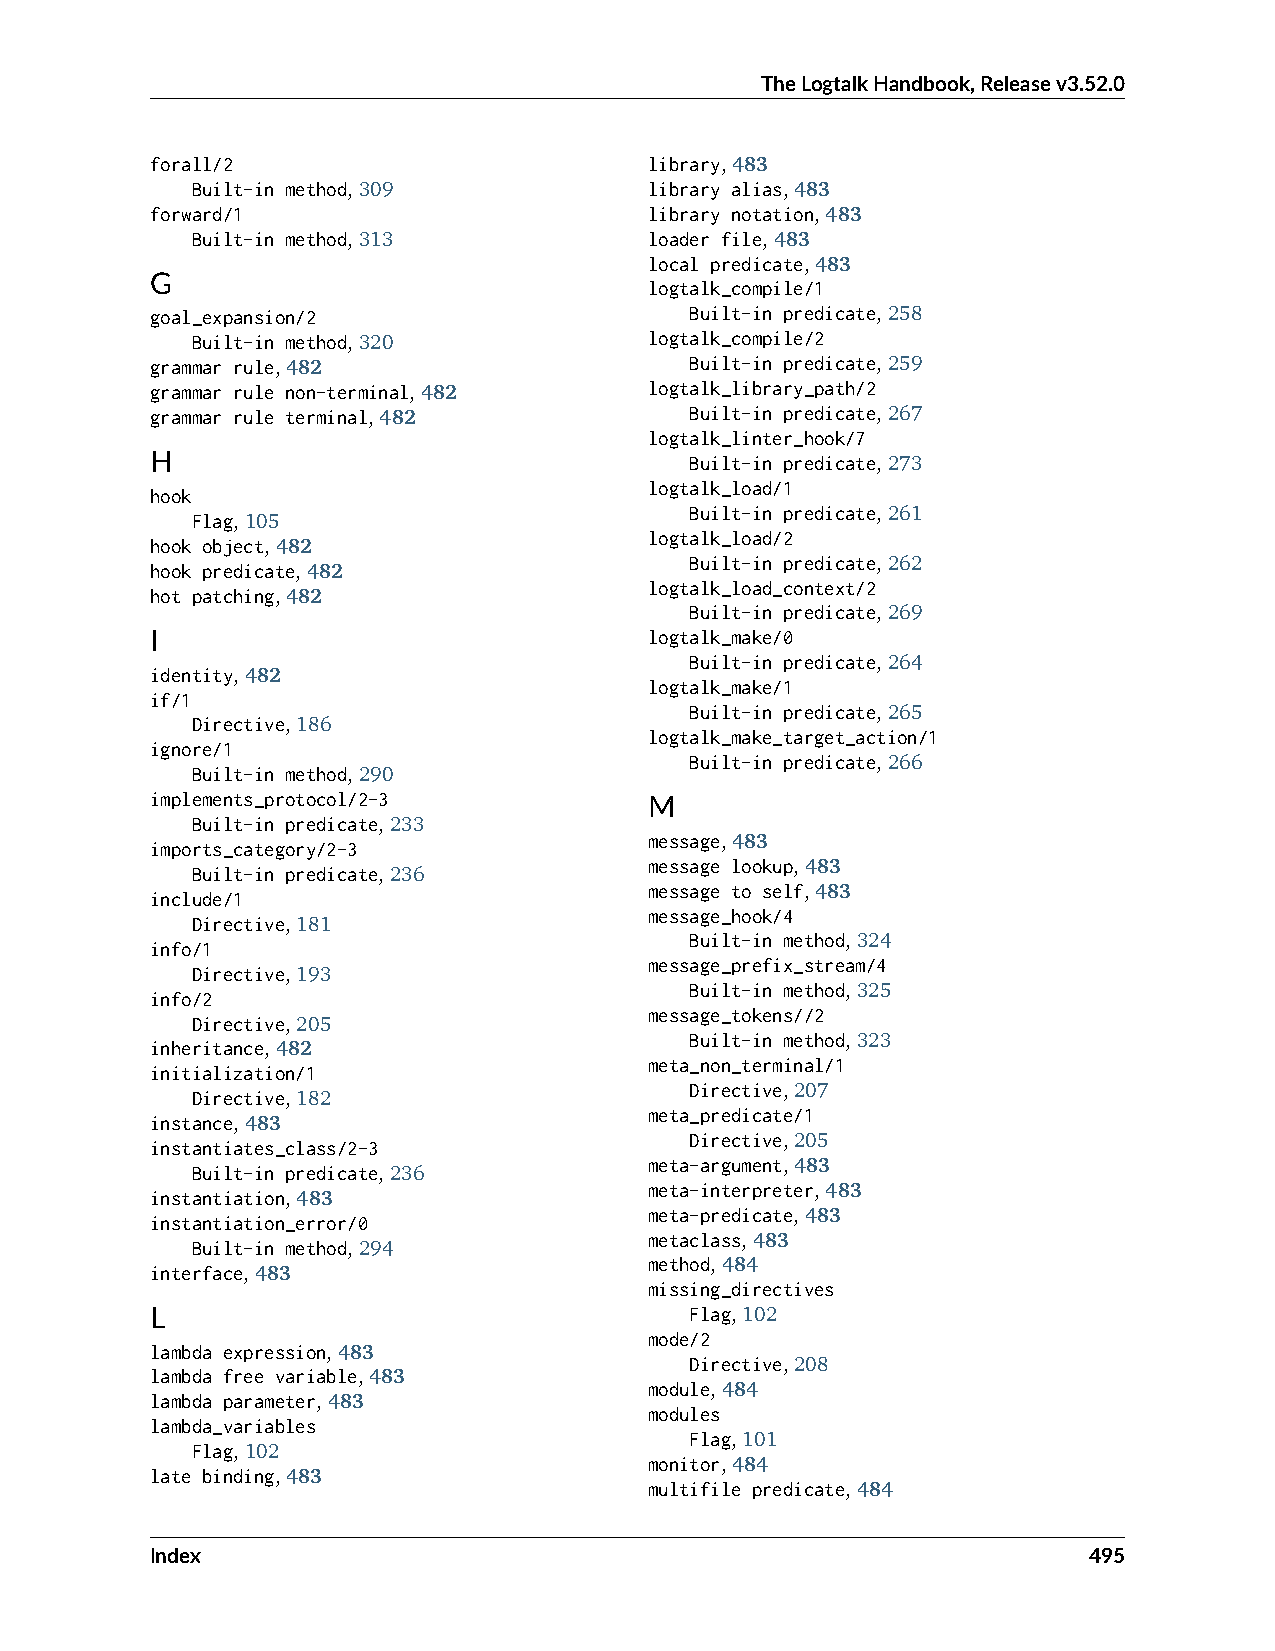
TheLogtalkHandbook,Releasev3.52.0
 forall/2                         library,483
 Built-in method,309           library alias,483
 forward/1                        library notation,483
 Built-in method,313           loader file,483
 local predicate,483
 G                                logtalk_compile/1
 goal_expansion/2                    Built-in predicate,258
 Built-in method,320           logtalk_compile/2
 grammar rule,482                    Built-in predicate,259
 grammar rule non-terminal,482    logtalk_library_path/2
 grammar rule terminal,482           Built-in predicate,267
 logtalk_linter_hook/7
 H                                   Built-in predicate,273
 logtalk_load/1
 hook
 Flag,105
 Built-in predicate,261
 logtalk_load/2
 hook object,482
 hook predicate,482
 Built-in predicate,262
 logtalk_load_context/2
 hot patching,482
 Built-in predicate,269
 I                                logtalk_make/0
 Built-in predicate,264
 identity,482
 logtalk_make/1
 if/1
 Built-in predicate,265
 Directive,186
 logtalk_make_target_action/1
 ignore/1
 Built-in predicate,266
 Built-in method,290
 implements_protocol/2-3
 M
 Built-in predicate,233
 imports_category/2-3
 message,483
 Built-in predicate,236
 message lookup,483
 include/1
 message to self,483
 message_hook/4
 Directive,181
 info/1
 Built-in method,324
 message_prefix_stream/4
 Directive,193
 info/2
 Built-in method,325
 message_tokens//2
 Directive,205
 inheritance,482
 Built-in method,323
 meta_non_terminal/1
 initialization/1
 Directive,182
 Directive,207
 meta_predicate/1
 instance,483
 instantiates_class/2-3
 Directive,205
 Built-in predicate,236
 meta-argument,483
 instantiation,483
 meta-interpreter,483
 instantiation_error/0
 meta-predicate,483
 Built-in method,294
 metaclass,483
 interface,483
 method,484
 missing_directives
 L                                   Flag,102
 mode/2
 lambda expression,483
 Directive,208
 lambda free variable,483
 module,484
 lambda parameter,483
 modules
 lambda_variables
 Flag,101
 Flag,102
 monitor,484
 late binding,483
 multifile predicate,484
 Index                                                         495